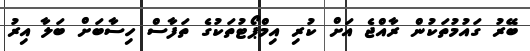
ބޭރު ގައުމުތަކުން ރާއްޖެ އަށް ކުރި އިމްޕޯޓުތަކުގެ ތަފާސް ހިސާބަށް ބަލާ އިރު